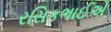
રસિકભાઈએ